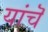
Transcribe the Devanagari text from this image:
यांचॆ